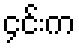
၄င်းက